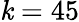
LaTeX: \mathit{k}=45